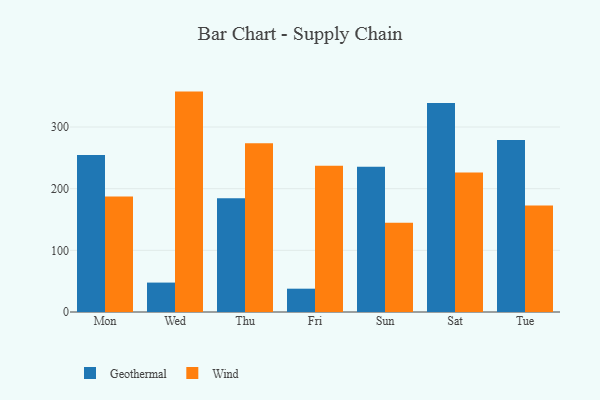
{"axis": {"x": "Day", "y": "Tickets Resolved"}, "legend": ["Geothermal", "Wind"], "data": [{"x": "Mon", "y": 254.4, "type": "Geothermal"}, {"x": "Mon", "y": 187.4, "type": "Wind"}, {"x": "Wed", "y": 47.7, "type": "Geothermal"}, {"x": "Wed", "y": 357.4, "type": "Wind"}, {"x": "Thu", "y": 184.4, "type": "Geothermal"}, {"x": "Thu", "y": 273.7, "type": "Wind"}, {"x": "Fri", "y": 37.8, "type": "Geothermal"}, {"x": "Fri", "y": 237.0, "type": "Wind"}, {"x": "Sun", "y": 235.4, "type": "Geothermal"}, {"x": "Sun", "y": 144.6, "type": "Wind"}, {"x": "Sat", "y": 338.9, "type": "Geothermal"}, {"x": "Sat", "y": 226.4, "type": "Wind"}, {"x": "Tue", "y": 279.1, "type": "Geothermal"}, {"x": "Tue", "y": 172.6, "type": "Wind"}]}